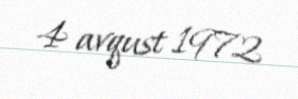
4 avqust 1972